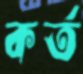
কর্ত